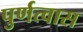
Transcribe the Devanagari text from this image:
पुर्णत्‍वास